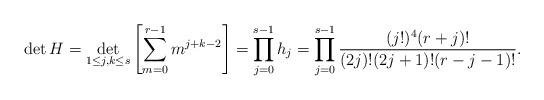
LaTeX: \begin{align*}\det H = \det_{1\leq j,k\leq s}\left[\sum_{m=0}^{r-1}m^{j+k-2}\right]=\prod_{j=0}^{s-1} h_j= \prod_{j=0}^{s-1}\frac{(j!)^4 (r+j)!}{(2j)!(2j+1)!(r-j-1)!}.\end{align*}